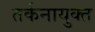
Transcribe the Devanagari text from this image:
तर्कनायुक्त